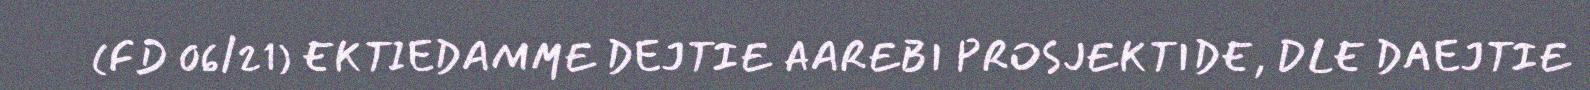
(FD 06/21) EKTIEDAMME DEJTIE AAREBI PROSJEKTIDE, DLE DAEJTIE